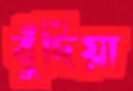
বুঁদিয়া